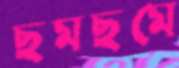
ছমছমে